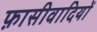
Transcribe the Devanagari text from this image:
फ़ासीवादियों